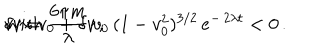
LaTeX: v \sim v _ { 0 } + \delta v \, , \hspace { 0 . 2 c m } \mathrm { w i t h } \hspace { 0 . 2 c m } \delta v = \frac { 6 \pi m } { \lambda } \, v _ { 0 } \, ( 1 - v _ { 0 } ^ { 2 } ) ^ { 3 / 2 } \, e ^ { - \, 2 \lambda t } < 0 \, .